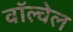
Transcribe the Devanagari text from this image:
वॉल्वेल